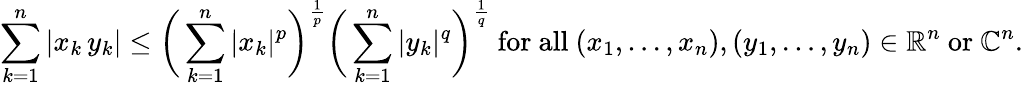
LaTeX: \sum_{k=1}^{n}|x_{k}\, y_{k}|\leq{\biggl(}\sum_{k=1}^{n}|x_{k}|^{p}{\biggr)}^{\frac{1}{p}}{\biggl(}\sum_{k=1}^{n}|y_{k}|^{q}{\biggr)}^{\frac{1}{q}}{\mathrm{~for~all~}}(x_{1},\ldots,x_{n}),(y_{1},\ldots,y_{n})\in\mathbb{R}^{n}{\mathrm{~or~}}\mathbb{C}^{n}.